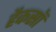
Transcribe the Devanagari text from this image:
हैकसॉ